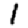
Digit: 1